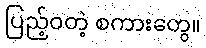
ပြည့်ဝတဲ့ စကားတွေ။